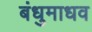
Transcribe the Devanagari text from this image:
बंधुमाधव